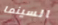
السينما